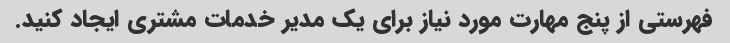
فهرستی از پنج مهارت مورد نیاز برای یک مدیر خدمات مشتری ایجاد کنید.